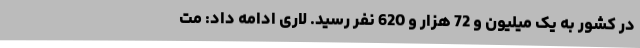
در کشور به یک میلیون و 72 هزار و 620 نفر رسید. لاری ادامه داد: مت